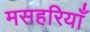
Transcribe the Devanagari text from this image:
मसहरियाँ